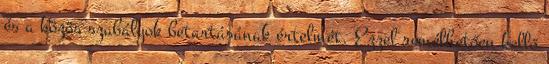
és a közös szabályok betartásának értelmét. Ezzel remélhetően kellő